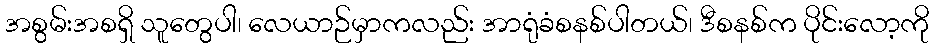
အစွမ်းအစရှိ သူတွေပါ၊ လေယာဉ်မှာကလည်း အာရုံခံစနစ်ပါတယ်၊ ဒီစနစ်က ပိုင်းလော့ကို